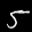
Label: 5